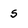
Character: s